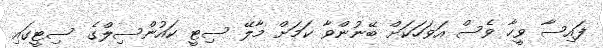
ފައިސާ ވީހާ ވެސް އަވަހަކަށް ބޭނުންވާ ކަމަށް މާލޭ ސިޓީ ކައުންސިލްގެ ސިޓީގައި